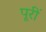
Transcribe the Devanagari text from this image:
पूरीं